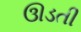
ઊડતી